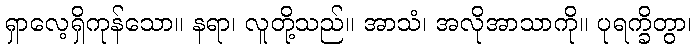
ရှာလေ့ရှိကုန်သော။ နရာ၊ လူတို့သည်။ အာသံ၊ အလိုအာသာကို။ ပုရက္ခိတွာ၊